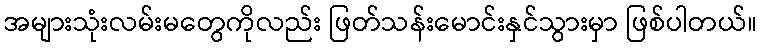
အများသုံးလမ်းမတွေကိုလည်း ဖြတ်သန်းမောင်းနှင်သွားမှာ ဖြစ်ပါတယ်။